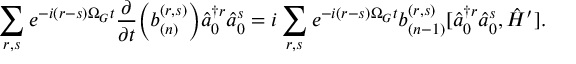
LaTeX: \sum _ { r , s } e ^ { - i ( r - s ) \Omega _ { G } t } \frac { \partial } { \partial t } \Bigl ( b _ { ( n ) } ^ { ( r , s ) } \Bigr ) \hat { a } _ { 0 } ^ { \dagger r } \hat { a } _ { 0 } ^ { s } = i \sum _ { r , s } e ^ { - i ( r - s ) \Omega _ { G } t } b _ { ( n - 1 ) } ^ { ( r , s ) } [ \hat { a } _ { 0 } ^ { \dagger r } \hat { a } _ { 0 } ^ { s } , \hat { H } ^ { \prime } ] .